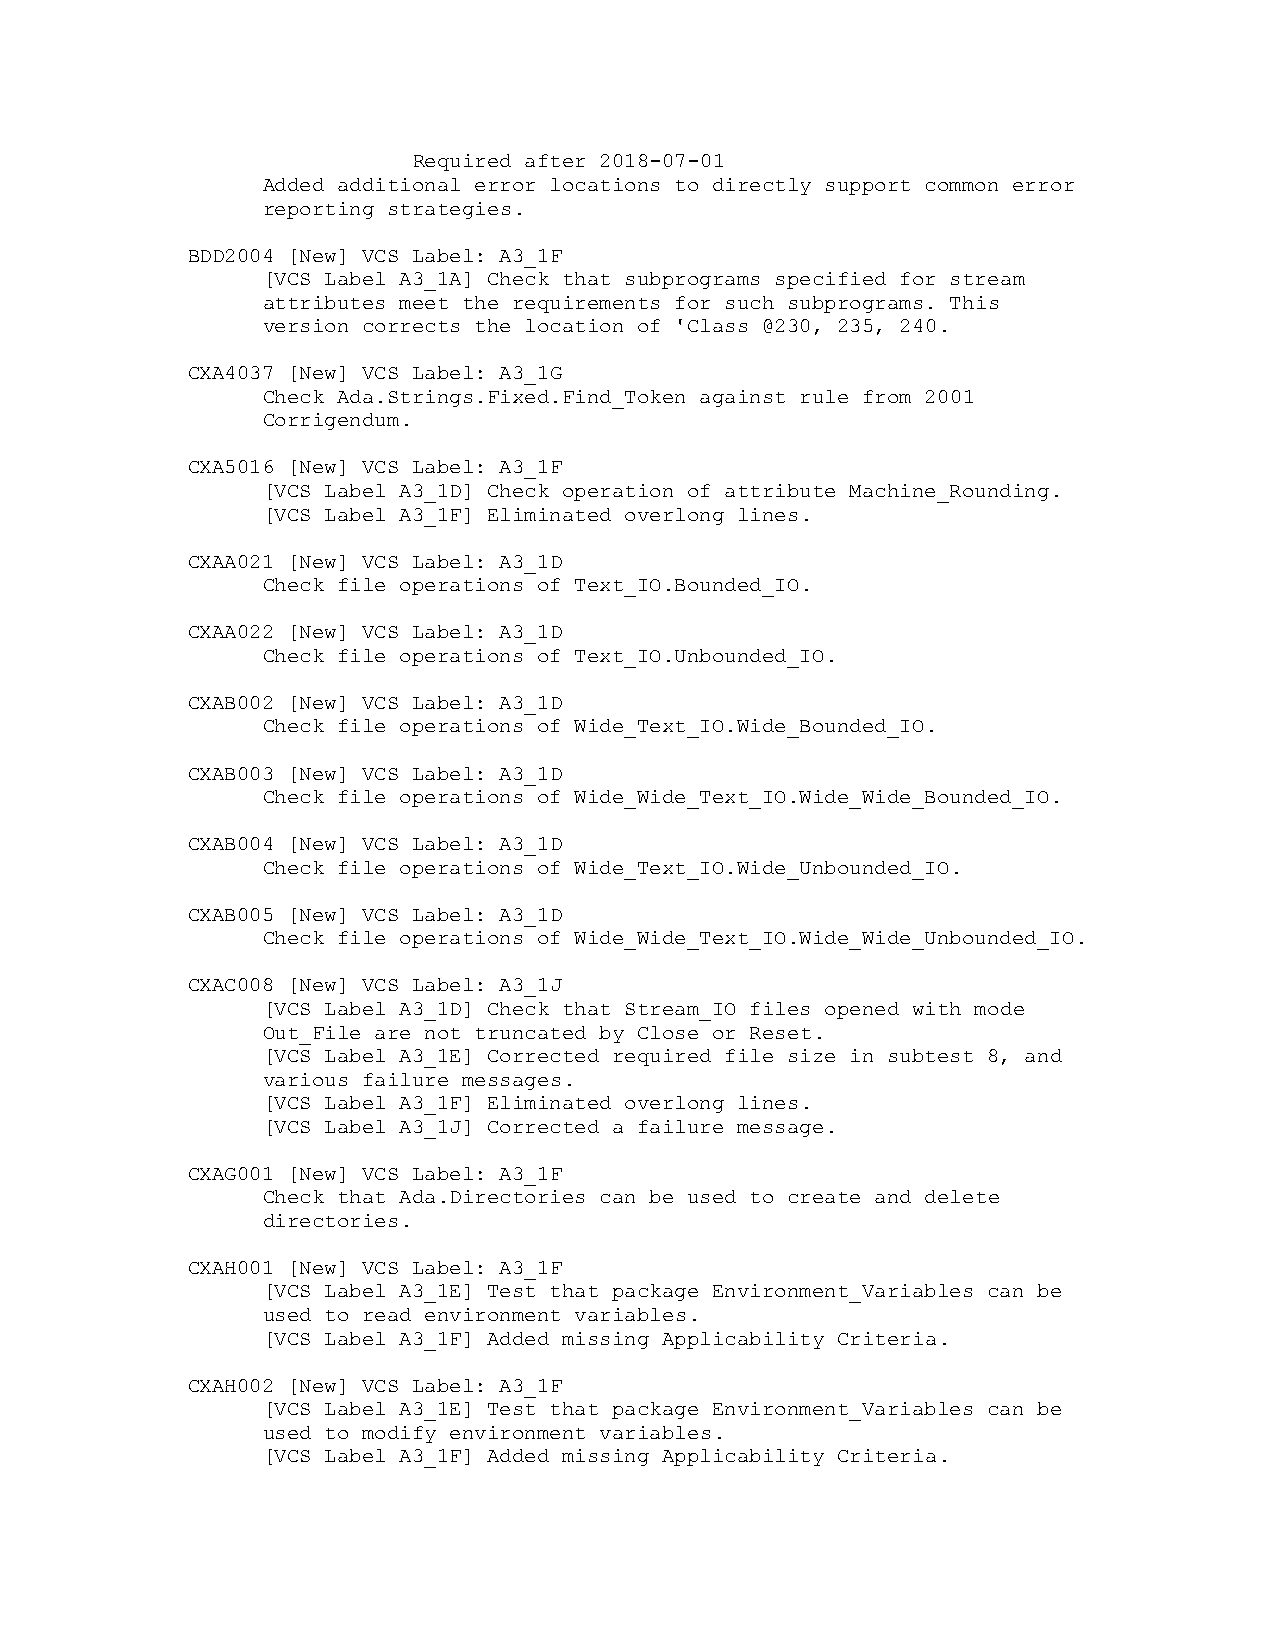
Required after 2018-07-01
 Added additional error locations to directly support common error
 reporting strategies.
 BDD2004 [New] VCS Label: A3_1F
 [VCS Label A3_1A] Check that subprograms specified for stream
 attributes meet the requirements for such subprograms. This
 version corrects the location of 'Class @230, 235, 240.
 CXA4037 [New] VCS Label: A3_1G
 Check Ada.Strings.Fixed.Find_Token against rule from 2001
 Corrigendum.
 CXA5016 [New] VCS Label: A3_1F
 [VCS Label A3_1D] Check operation of attribute Machine_Rounding.
 [VCS Label A3_1F] Eliminated overlong lines.
 CXAA021 [New] VCS Label: A3_1D
 Check file operations of Text_IO.Bounded_IO.
 CXAA022 [New] VCS Label: A3_1D
 Check file operations of Text_IO.Unbounded_IO.
 CXAB002 [New] VCS Label: A3_1D
 Check file operations of Wide_Text_IO.Wide_Bounded_IO.
 CXAB003 [New] VCS Label: A3_1D
 Check file operations of Wide_Wide_Text_IO.Wide_Wide_Bounded_IO.
 CXAB004 [New] VCS Label: A3_1D
 Check file operations of Wide_Text_IO.Wide_Unbounded_IO.
 CXAB005 [New] VCS Label: A3_1D
 Check file operations of Wide_Wide_Text_IO.Wide_Wide_Unbounded_IO.
 CXAC008 [New] VCS Label: A3_1J
 [VCS Label A3_1D] Check that Stream_IO files opened with mode
 Out_File are not truncated by Close or Reset.
 [VCS Label A3_1E] Corrected required file size in subtest 8, and
 various failure messages.
 [VCS Label A3_1F] Eliminated overlong lines.
 [VCS Label A3_1J] Corrected a failure message.
 CXAG001 [New] VCS Label: A3_1F
 Check that Ada.Directories can be used to create and delete
 directories.
 CXAH001 [New] VCS Label: A3_1F
 [VCS Label A3_1E] Test that package Environment_Variables can be
 used to read environment variables.
 [VCS Label A3_1F] Added missing Applicability Criteria.
 CXAH002 [New] VCS Label: A3_1F
 [VCS Label A3_1E] Test that package Environment_Variables can be
 used to modify environment variables.
 [VCS Label A3_1F] Added missing Applicability Criteria.